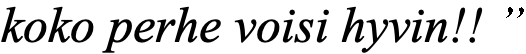
koko perhe voisi hyvin!! ”